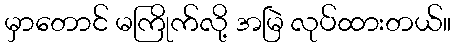
မှာတောင် မကြိုက်လို့ အမြဲ လုပ်ထားတယ်။